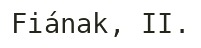
Fiának, II.